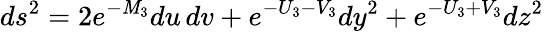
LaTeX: ds^{2}=2e^{-\mathit{M}_{3}}du\, dv+e^{-U_{3}-V_{3}}dy^{2}+e^{-U_{3}+V_{3}}dz^{2}